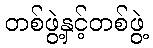
တစ်ဖွဲ့နှင့်တစ်ဖွဲ့